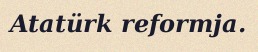
Atatürk reformja.